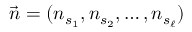
\vec { n } = ( n _ { s _ { 1 } } , n _ { s _ { 2 } } , \ldots , n _ { s _ { \ell } } )